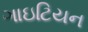
ગાઇટિયન